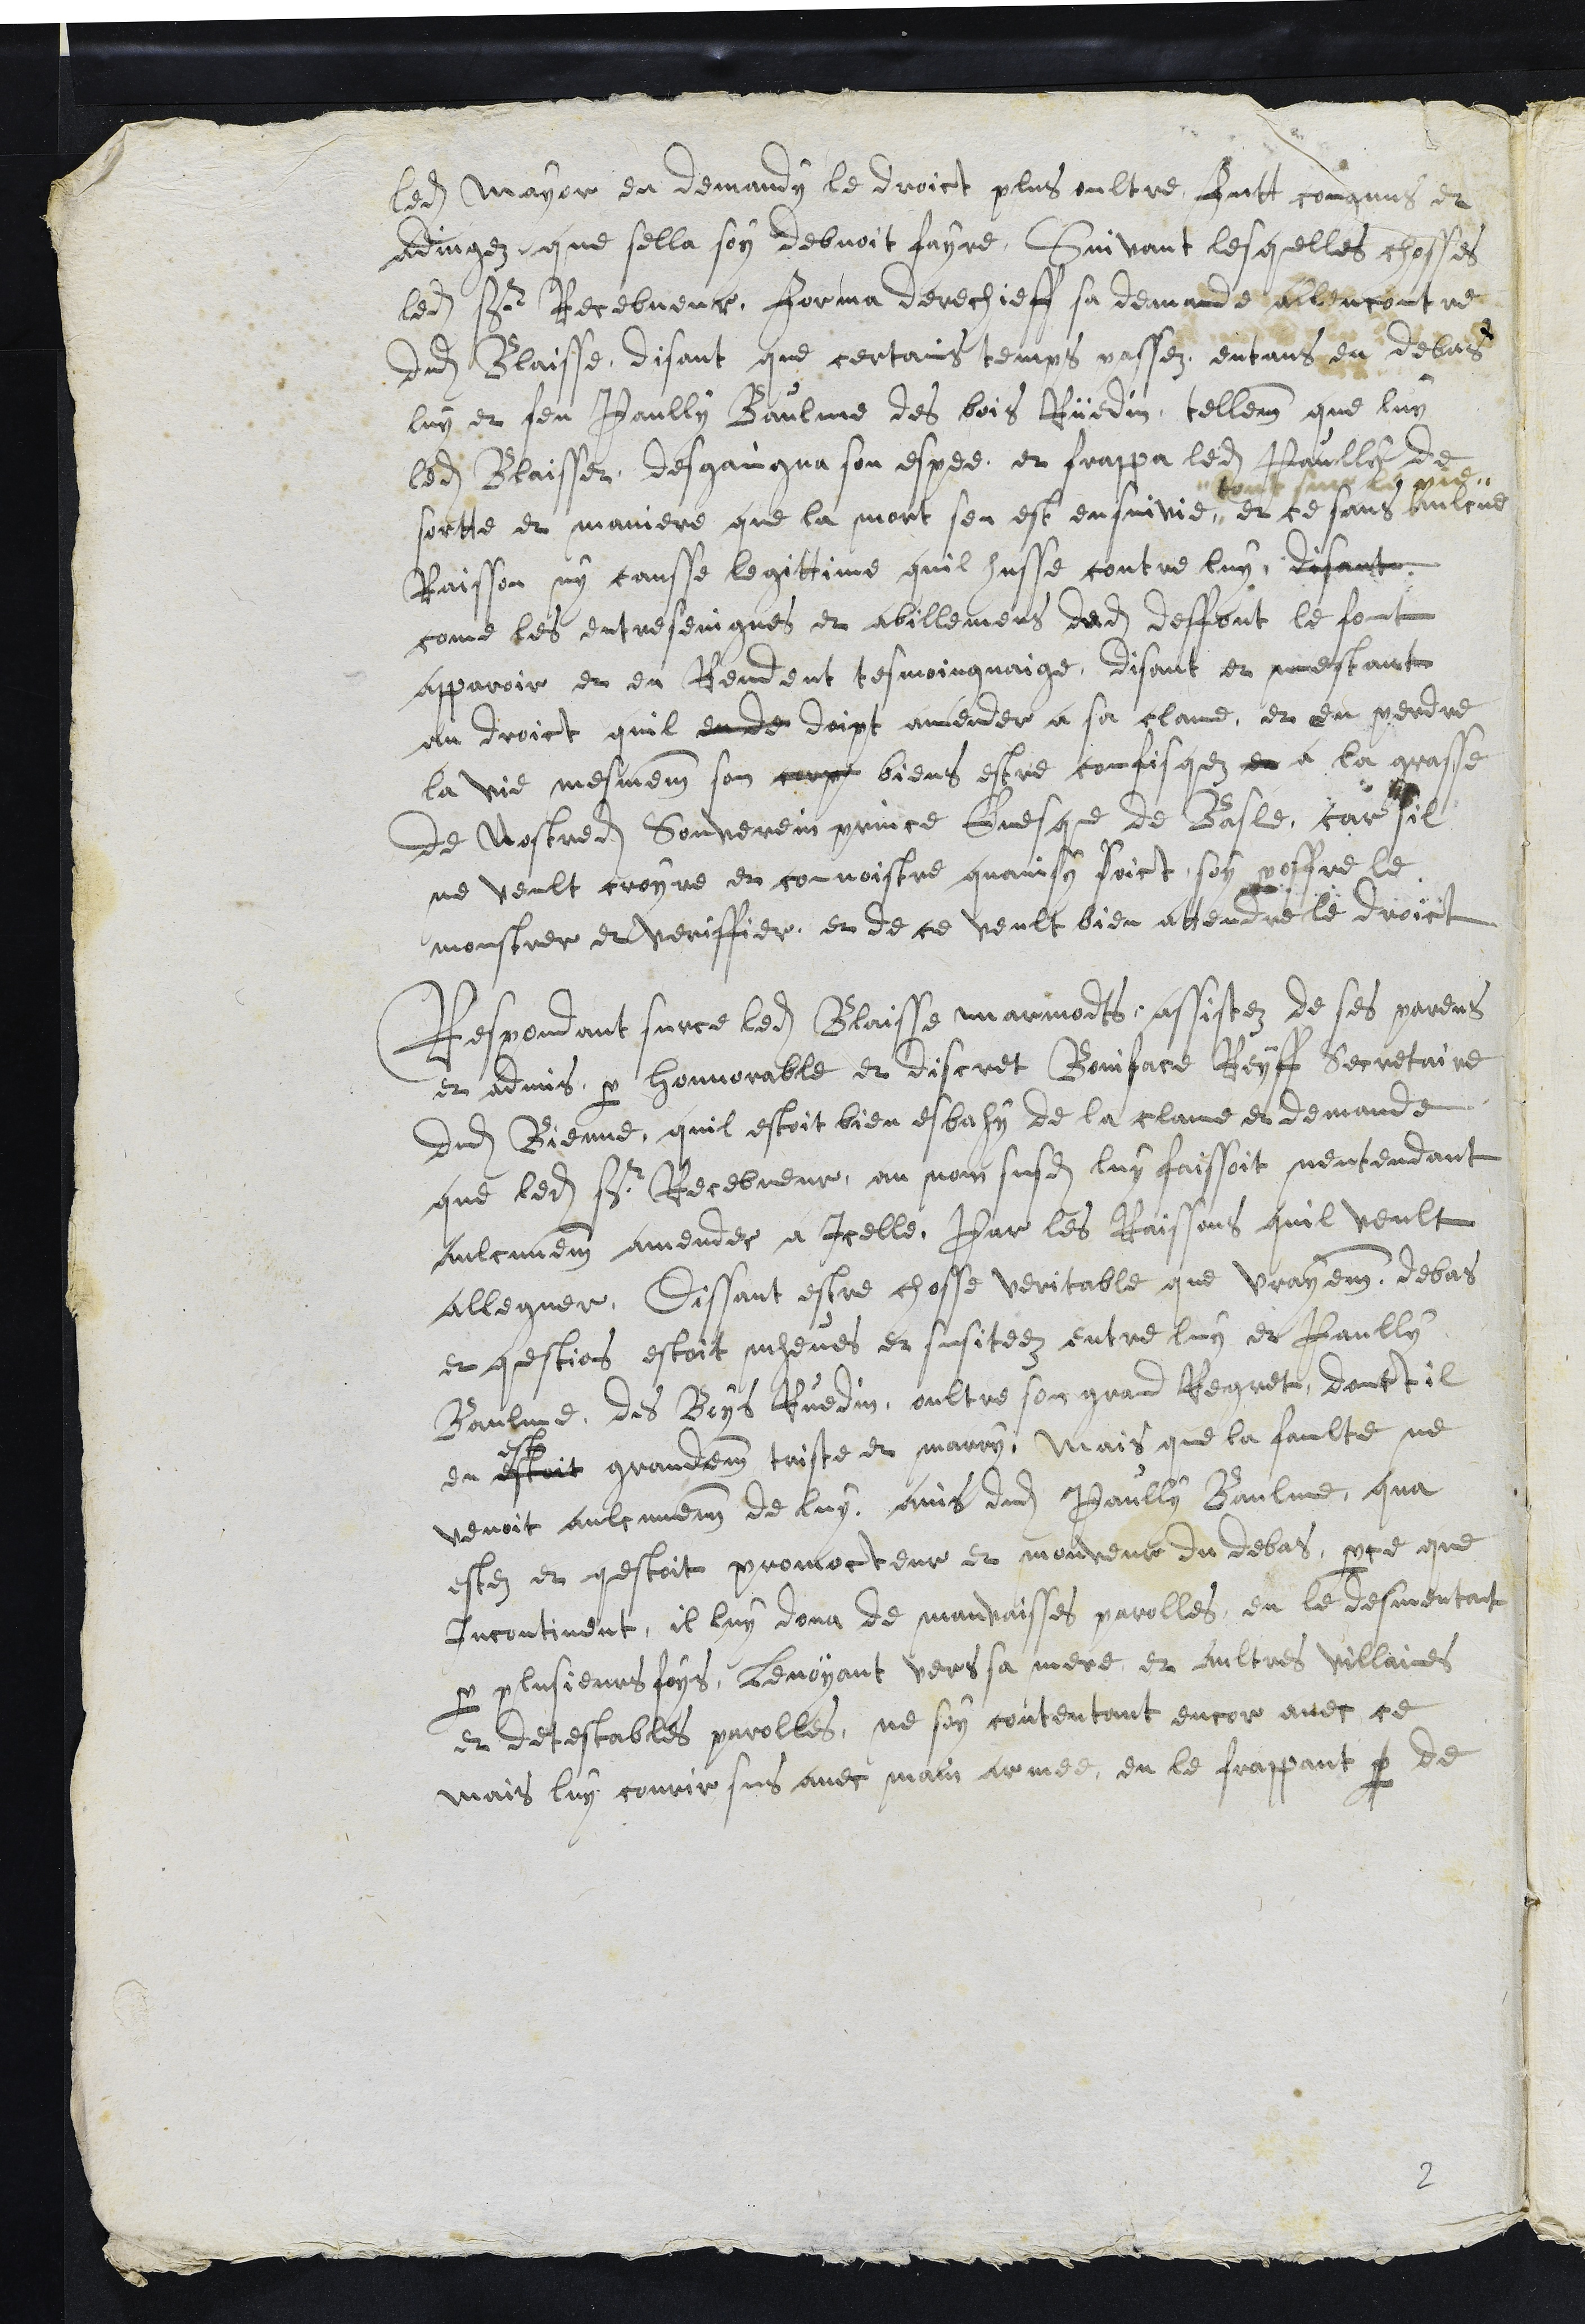
ledit Mayor en demandy le droict plus oultre futt congnus et
advingez que sella soy debvoit fayre. Suivant lesquelles chosses
ledit sieur Recebveur forma derechieff sa demande allencontre
dudit Blaisse, disant que certains temps passez entans en debas
luy et feu Paully Baulme des bois Rüedin, tellement que luy
ledit Blaisset desgaingna son espee et frappa ledit Paully de
sortte et maniere que la mort sen est ensuivie
tout sur la vie
et ce sans aulcune
Raisson ny causse legittime quil husse contre luy, disant
come les entreseingnes et abillemens dudit deffont le font
apparoir et en Rendent tesmoingnaige, disant et mestant
au droict quil en de doipt amender a sa clame, et en perdre
la vie mesmement son corps biens estre confisquez et a la grasse
de Nostredit Souverain prince Evesque de Basle, car sil
ne veult croyre et connoistre quainsy faict soy se offre le
monstrer et veriffier, et de ce veult bien attendre le droict
Respondant sur ce ledit Blaisse marmodts assistez de ses parens
et advis, par honnorable et discret Boniface Reyff Secretaire
dudit Bienne, quil estoit bien esbahy de la clame et demande
que ledit Sr Recebveur au nom susdit luy faissoit nentendant
aulcunement amender a Icelle, Par les Raissons quil veult
alleguer, Dissant estre chosse veritable que vrayment debas
et questions estoit mheues et susiteez entre luy et Paully
Baulme des Boys Ruedin, oultre son grand Regret, dont il
en estoit grandement triste et marry, mais que la faulte ne
venoit aulcunement de luy ains dudit Paully Baulme qua
estez et questoit promocteur et mouveur du debas, parce que
Incontinent, il luy dona de mauvaisses parolles, en le desmentant
par plusieurs foys, levoyant vers sa mere et aultres villaines
et detestables parolles, ne soy contentant encor avec ce
mais luy courir sus avec main armée en le frappant par de
2